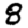
Digit: 8